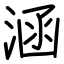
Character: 涵